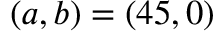
( a , b ) = ( 4 5 , 0 )